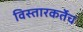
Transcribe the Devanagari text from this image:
विस्तारकर्तेच